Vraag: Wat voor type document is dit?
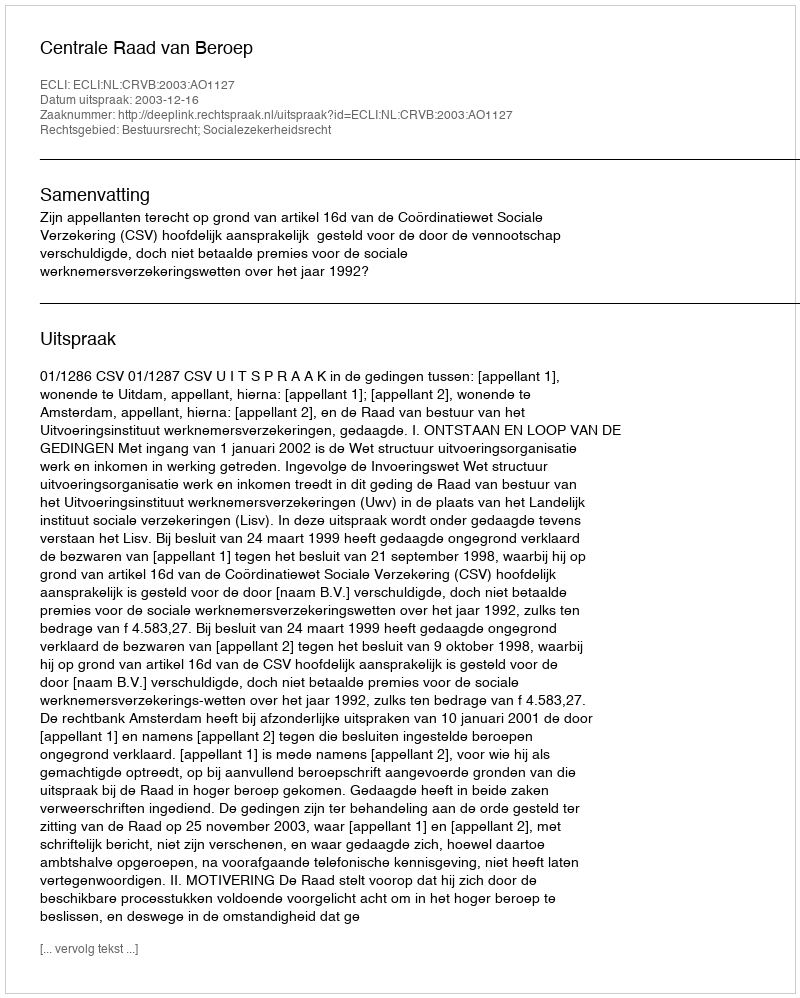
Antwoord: Uitspraak